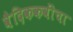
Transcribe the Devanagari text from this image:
वैदिककवींचा